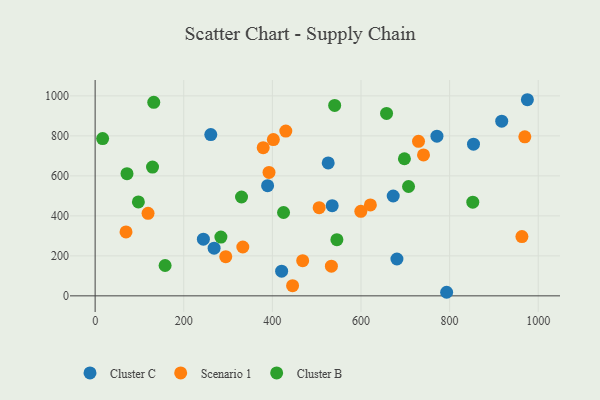
{"axis": {"x": "Distance", "y": "Rating"}, "legend": ["Cluster B", "Cluster C", "Scenario 1"], "data": [{"x": "681.1", "y": 184.2, "type": "Cluster C"}, {"x": "917.6", "y": 873.4, "type": "Cluster C"}, {"x": "420.9", "y": 123.2, "type": "Cluster C"}, {"x": "793.3", "y": 17.9, "type": "Cluster C"}, {"x": "535.0", "y": 450.8, "type": "Cluster C"}, {"x": "853.9", "y": 758.4, "type": "Cluster C"}, {"x": "261.0", "y": 806.3, "type": "Cluster C"}, {"x": "975.5", "y": 980.7, "type": "Cluster C"}, {"x": "268.5", "y": 238.6, "type": "Cluster C"}, {"x": "244.3", "y": 283.3, "type": "Cluster C"}, {"x": "672.7", "y": 499.2, "type": "Cluster C"}, {"x": "771.4", "y": 798.6, "type": "Cluster C"}, {"x": "389.2", "y": 551.0, "type": "Cluster C"}, {"x": "526.0", "y": 664.8, "type": "Cluster C"}, {"x": "392.4", "y": 617.2, "type": "Scenario 1"}, {"x": "294.8", "y": 195.7, "type": "Scenario 1"}, {"x": "741.1", "y": 704.9, "type": "Scenario 1"}, {"x": "69.7", "y": 319.7, "type": "Scenario 1"}, {"x": "430.3", "y": 824.1, "type": "Scenario 1"}, {"x": "969.7", "y": 795.1, "type": "Scenario 1"}, {"x": "533.2", "y": 148.5, "type": "Scenario 1"}, {"x": "599.6", "y": 422.5, "type": "Scenario 1"}, {"x": "468.4", "y": 175.7, "type": "Scenario 1"}, {"x": "621.2", "y": 454.9, "type": "Scenario 1"}, {"x": "402.2", "y": 781.3, "type": "Scenario 1"}, {"x": "963.2", "y": 296.6, "type": "Scenario 1"}, {"x": "729.8", "y": 772.8, "type": "Scenario 1"}, {"x": "119.4", "y": 412.7, "type": "Scenario 1"}, {"x": "333.3", "y": 244.4, "type": "Scenario 1"}, {"x": "505.6", "y": 440.8, "type": "Scenario 1"}, {"x": "445.6", "y": 51.0, "type": "Scenario 1"}, {"x": "379.3", "y": 740.9, "type": "Scenario 1"}, {"x": "698.0", "y": 685.5, "type": "Cluster B"}, {"x": "707.3", "y": 546.8, "type": "Cluster B"}, {"x": "16.9", "y": 786.6, "type": "Cluster B"}, {"x": "97.6", "y": 469.5, "type": "Cluster B"}, {"x": "545.6", "y": 280.9, "type": "Cluster B"}, {"x": "425.2", "y": 416.7, "type": "Cluster B"}, {"x": "657.7", "y": 912.1, "type": "Cluster B"}, {"x": "157.9", "y": 151.9, "type": "Cluster B"}, {"x": "330.4", "y": 494.4, "type": "Cluster B"}, {"x": "129.5", "y": 644.1, "type": "Cluster B"}, {"x": "132.3", "y": 967.6, "type": "Cluster B"}, {"x": "852.3", "y": 468.3, "type": "Cluster B"}, {"x": "71.9", "y": 611.0, "type": "Cluster B"}, {"x": "283.8", "y": 294.1, "type": "Cluster B"}, {"x": "540.6", "y": 952.1, "type": "Cluster B"}]}